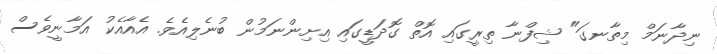
ނިދާނަމް މިތާނގަ" ޝިފްނާ ތިރީގައި އޮތް ގޮދަޑީގައި އިށިންނަމުން ބުނެލިއެވެ. އެއާއެކު އަމާނީވެސް